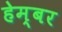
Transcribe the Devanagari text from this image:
हेम्बर